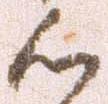
候